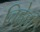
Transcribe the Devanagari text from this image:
चिह्नेही